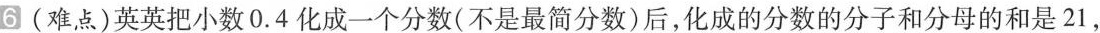
6 (难点)英英把小数0.4化成一个分数(不是最简分数)后，化成的分数的分子和分母的和是21，